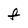
Character: F